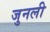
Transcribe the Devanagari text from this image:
जुनली